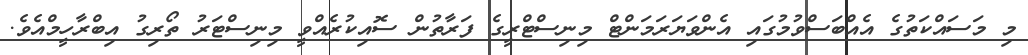
މި މަސައްކަތުގެ އެއްބަސްވުމުގައި އެންވަޔަރަަމަންޓް މިނިސްޓްރީގެ ފަރާތުން ސޮއިކުރެއްވީ މިނިސްޓަރު ތޯރިގު އިބްރާހީމްއެވެ.